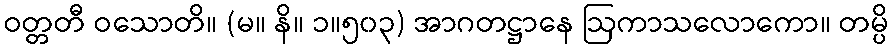
ဝတ္တတီ ဝသောတိ။ (မ။ နိ။ ၁။၅၀၃) အာဂတဋ္ဌာနေ ဩကာသလောကော။ တမ္ပိ